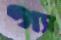
গ্যা